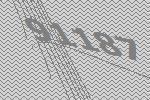
91187